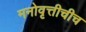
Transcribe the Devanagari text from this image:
मनोवृत्तीचीच